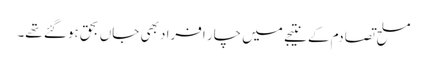
مسلح تصادم کے نتیجے میں چار افراد بھی جاں بحق ہوگئے تھے۔